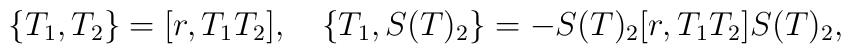
\{T_1,T_2\}=[r,T_1T_2],~~~\{T_1,S(T)_2\}=-S(T)_2[r,T_1T_2]S(T)_2,